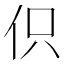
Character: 伿